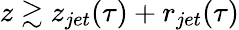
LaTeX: z\gtrsim z_{jet}(\tau)+r_{jet}(\tau)